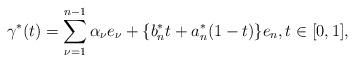
LaTeX: \begin{align*}\gamma^*(t) = \sum_{\nu = 1}^{n - 1} \alpha_{\nu} e_{\nu} +\{b^*_n t + a^*_n (1 - t)\}e_n, t \in [0,1],\end{align*}